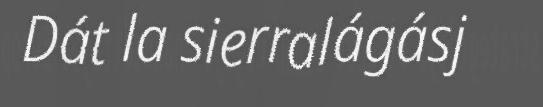
Dát la sierralágásj